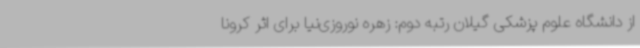
از دانشگاه علوم پزشکی گیلان رتبه دوم: زهره نوروزی‌نیا برای اثر کرونا